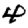
Digit: 4